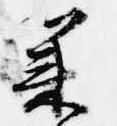
承